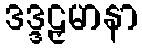
ဒဒ္ဒဠှမာနာ